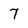
Character: 7